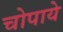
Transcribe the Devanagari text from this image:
चोपाये